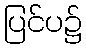
ပြင်ပ၌